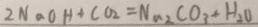
2 N a O H + C O _ { 2 } = N a _ { 2 } C O _ { 3 } + H _ { 2 } O